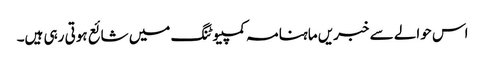
اس حوالے سے خبریں ماہنامہ کمپیوٹنگ میں شائع ہوتی رہی ہیں۔